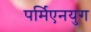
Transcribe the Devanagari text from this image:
पर्मिएनयुग